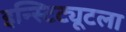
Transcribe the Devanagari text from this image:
इन्स्टिट्यूटला